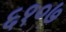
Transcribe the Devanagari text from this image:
६१०७